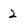
Character: 2